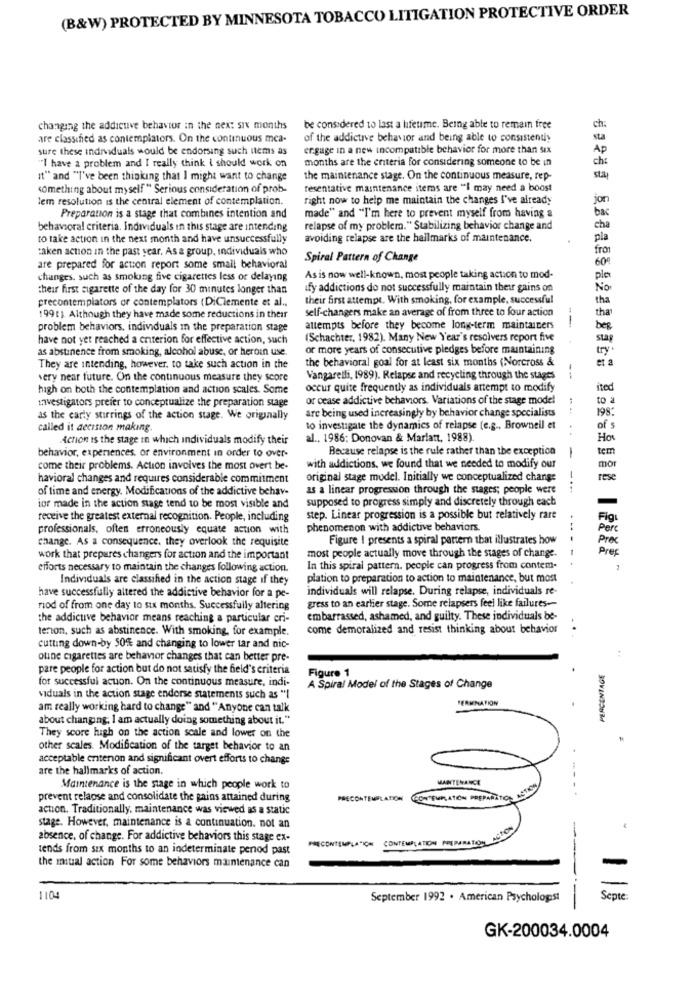
(B&W) PROTECTED BY MINNESOTA TOBACCO LITIGATION PROTECTIVE ORDER
changing the addicuve behavior in the next six months
be considered to last a hfetime. Being able to remain free
are classified as contemplaters. On the continuous mca-
of the addictive behavior and being able to consistently
sure these individuals would be endorsing such uems as
engage in a new incompatible behavior for more than six
"I have a problem and I really think i should work on
months are the criteria for considering someone to be in
It" and "I've been thinking that I might want to change
the maintenance stage. On the continuous measure, rep-
something about myself " Serious consideration of prob-
fesentative maintenance items are "I may need a boost
lem resolution is the central element of contemplation.
right now to help me maintain the changes I've already
jor
Preparation is a stage that combines intention and
made" and "I'm here to prevent myself from having a
bac
behavioral criteria. Individuals in this stage are intending
relapse of my problem." Stabilizing behavior change and
cha
to take action in the next month and have unsuccessfully
avoiding relapse are the hallmarks of maintenance.
pla
:aken action in the past year, Asa group, individuals who
fro
Spiral Pattern of Change
are prepared for action report some small behavioral
60%
changes. such as smoking five cigarettes less or delaying
As is now well-known, most people taking action to mod-
ple
their first cigarette of the day for 30 minutes longer than
ify addictions do not successfully maintain their gains on
No
precontemplators or contemplators (DiClemente et al .,
their first attempt. With smoking, for example, successful
tha
self-changers make an average of from three to four action
19911. Although they have made some reductions in their
--
tha
problem behaviors, individuals in the preparation stage
attempts before they become long-term maintainers
bez
have not yet reached a enterion for effective action, such
(Schachter, 1982). Many New Year's resolvers report five
stag
as abstinence from smoking, alcohol abuse, or heroin use.
or more years of consecutive pledges before maintaining
try .
the behavioral goal for at least six months (Norcross &
et
They are intending, however, to take such action in the
very near future. On the continuous measure they score
Vangarelli, 1989). Relapse and recycling through the stages
--
high on both the contemplation and action scales. Some
occur quite frequently as individuals attempt to modify
ited
investigators prefer to conceptualize the preparation stage
or cease addictive behaviors. Variations of the stage model
to
are being used increasingly by behavior change specialists
198:
as the carly stirrings of the action stage. We originally
called it decision making.
to investigate the dynamics of relapse (e.g ., Browneil et
of s
Action is the stage In which individuals modify their
al ., 1986; Donovan & Mariatt, 1988).
How
Because relapse is the rule rather than the exception
tem
behavior, experiences, or environment in order to over-
-
come their problems. Action involves the most overt be-
with addictions. we found that we needed to modify our
mor
havioral changes and requires considerable commitment
original stage model. Initially we conceptualized change
rese
of time and energy. Modifications of the addictive behave
as a linear progression through the stages; people were
-...
supposed to progress simply and discretely through each
ior made in the action stage tend to be most visible and
receive the greatest external recognition. People, including
step. Linear progression is a possible but relatively rare
Figı
professionals, often erroneously equate action with
phenomenon with addictive behaviors.
Perc
change. As a consequence, they overlook the requisite
Figure I presents a spiral pattern that illustrates how
Prec
Pres
work that prepares changers for action and the important
most people actually move through the stages of change.
----
efforts necessary to maintain the changes following action.
In this spiral pattern. people can progress from contem-
Individuals are classified in the action stage if they
plation to preparation to action to maintenance, but most
individuals will relapse. During relapse, individuals re-
have successfully altered the addictive behavior for a pe-
nod of from one day to six months. Successfully altering
gress to an earlier stage. Some relapsers feel like failures --
the addictive behavior means reaching a particular cri-
embarrassed, ashamed, and guilty. These individuals be-
tenon, such as abstinence. With smoking, for example.
come demoralized and resist thinking about behavior
cutting down-by 50% and changing to lower tar and nic-
ouine cigarettes are behavior changes that can better pre-
pare people for action but do not satisfy the field's criteria
Figure 1
PERCENTAGE
for successful acuon. On the continuous measure, indi-
A Spiral Model of the Stages of Change
viduals in the action stage endorse statements such as "!
PERMMATION
am really working hard to change" and "Anyone can talk
about changing: I am actually doing something about it."
They score high on the action scale and lower on the
other scales. Modification of the target behavior to an
acceptable criterion and significant overt efforts to change
are the hallmarks of action.
MAINTENANCE
Maintenance is the stage in which people work to
prevent relapse and consolidate the pains attained during
PRECONTEMPLATION
action. Traditionally, maintenance was viewed as a static
stage. However, maintenance is a continuation. not an
absence, of change. For addictive behaviors this stage ex-
CONTEMPLATION PREPARATION ACIC
tends from six months to an indeterminate penod past
PRECONTEMPLA "ICH
the initial action For some behaviors maintenance can
110
September 1992 . American Psychologist
Septe
GK-200034.0004